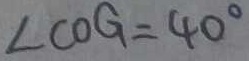
\angle C O G = 4 0 ^ { \circ }